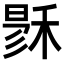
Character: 𥟙